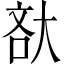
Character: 𡘯